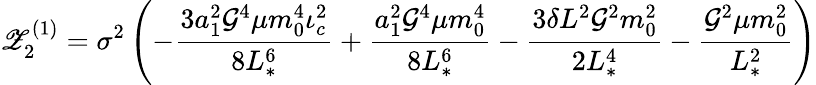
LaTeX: \mathscr{Z}_{2}^{(1)}=\sigma^{2}\left(-\frac{3a_{1}^{2}\mathcal{G}^{4}\mu m_{0}^{4}\iota_{c}^{2}}{8L_{*}^{6}}+\frac{a_{1}^{2}\mathcal{G}^{4}\mu m_{0}^{4}}{8L_{*}^{6}}-\frac{3\delta L^{2}\mathcal{G}^{2}m_{0}^{2}}{2L_{*}^{4}}-\frac{\mathcal{G}^{2}\mu m_{0}^{2}}{L_{*}^{2}}\right)